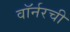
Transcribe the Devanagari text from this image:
वॉर्नरची